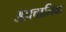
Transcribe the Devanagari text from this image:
अप्रचालिक